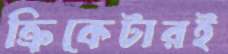
ক্রিকেটারই